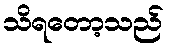
သိရတော့သည်